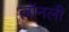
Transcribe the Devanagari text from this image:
जॉनली